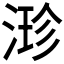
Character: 𣹗